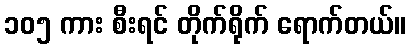
၁၀၅ ကား စီးရင် တိုက်ရိုက် ရောက်တယ်။